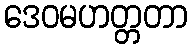
ဒေဝမဟတ္တတာ